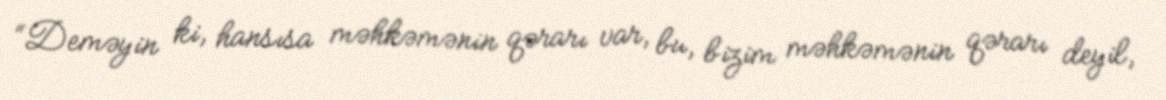
“Deməyin ki, hansısa məhkəmənin qərarı var, bu, bizim məhkəmənin qərarı deyil,